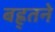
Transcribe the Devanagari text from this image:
बह्र्तने